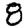
Digit: 8